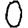
Digit: 0